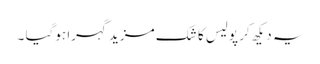
یہ دیکھ کر پولیس کا شک مزید گہرا ہوگیا ۔